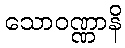
သောဝဏ္ဏာနိ